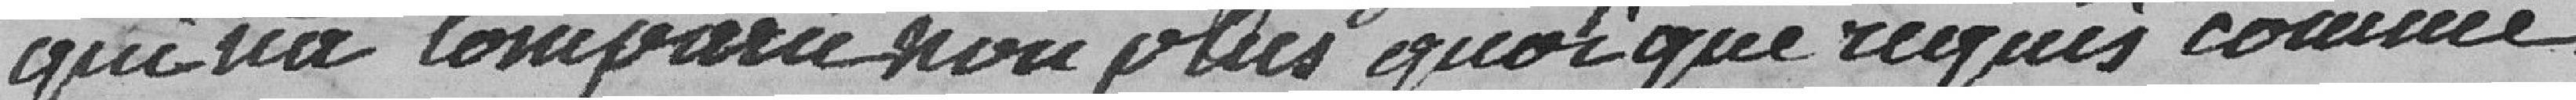
qui n'a comparu non plus quoi que requis comme